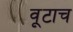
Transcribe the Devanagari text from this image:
वूटाच